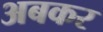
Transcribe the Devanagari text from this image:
अबकर